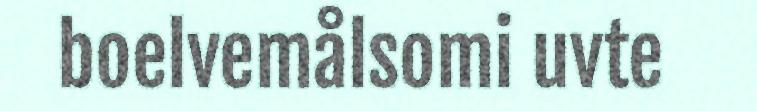
boelvemålsomi uvte